Senior Leaving Certificate Examination (including Day School Certificate (Higher) General paper), 1948
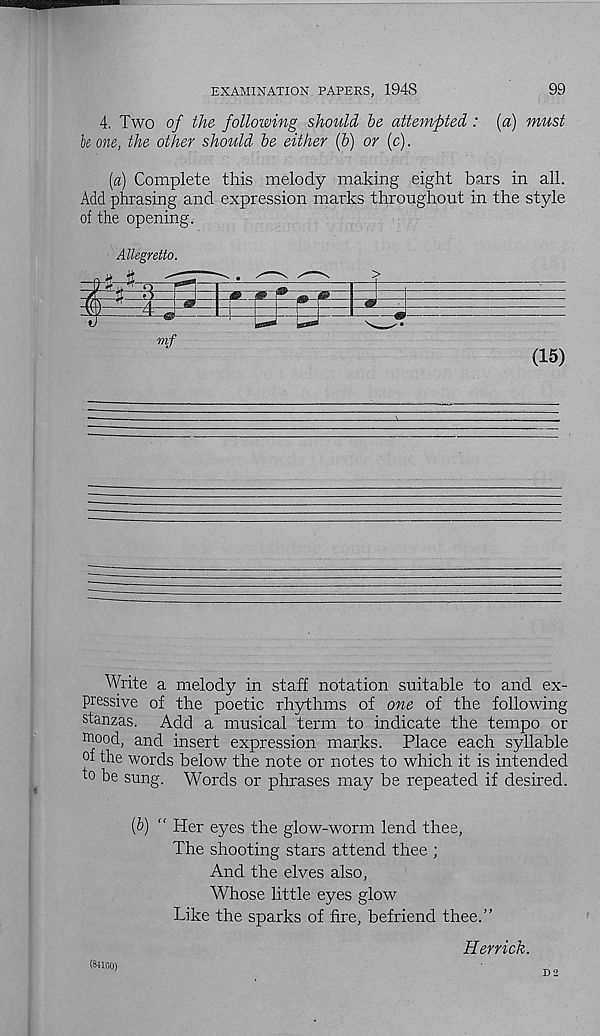
EXAMINATION PAPERS, 1948
99
4. Two of the following should be attempted : {a) must
k one, the other should be either (b) or (c).
(a) Complete this melody making eight bars in all.
Add phrasing and expression marks throughout in the style
of the opening.
Allegretto.
■A-d
3=
5=3:
PP
mf
(15)
Write a melody in staff notation suitable to and ex-
pressive of the poetic rhythms of one of the following
stanzas. Add a musical term to indicate the tempo or
raood, and insert expression marks. Place each syllable
of the words below the note or notes to which it is intended
to be sung. Words or phrases may be repeated if desired.
(b) “ Her eyes the glow-worm lend thee,
The shooting stars attend thee ;
And the elves also,
Whose little eyes glow
Like the sparks of fire, befriend thee.”
Herrick.